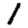
Digit: 1